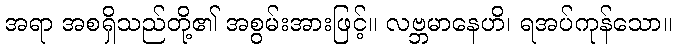
အရာ အစရှိသည်တို့၏ အစွမ်းအားဖြင့်။ လဗ္ဘမာနေဟိ၊ ရအပ်ကုန်သော။